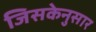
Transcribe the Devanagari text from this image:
जिसकेनुसार